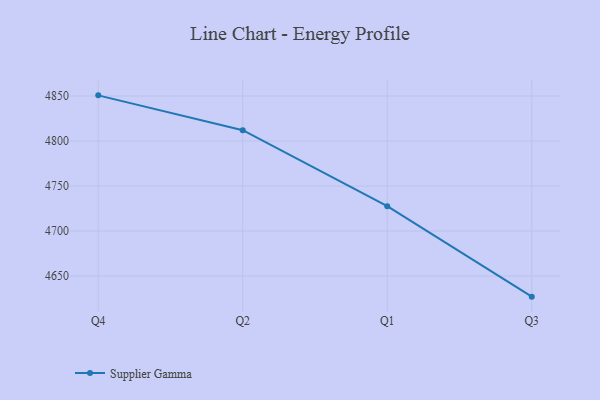
{"axis": {"x": "Quarter", "y": "Active Users"}, "legend": ["Supplier Gamma"], "data": [{"x": "Q4", "y": 4850.7, "type": "Supplier Gamma"}, {"x": "Q2", "y": 4812.0, "type": "Supplier Gamma"}, {"x": "Q1", "y": 4727.6, "type": "Supplier Gamma"}, {"x": "Q3", "y": 4627.1, "type": "Supplier Gamma"}]}